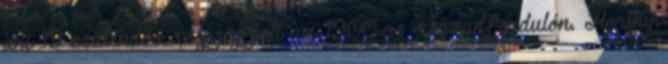
aki 19 esztendős szépség volt az 1900-as századfordulón. Horthy